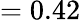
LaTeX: =0.42